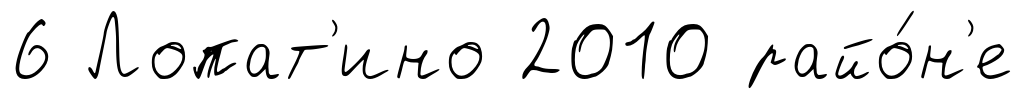
6 Лопат'ино 2010 райо́н'е